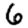
Digit: 6